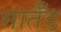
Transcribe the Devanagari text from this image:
मार्तँड